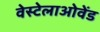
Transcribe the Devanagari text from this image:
वेस्टेलाओवेंड